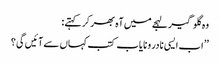
وہ گلو گیر لہجے میں آہ بھر کر کہتے :
’’ اب ایسی نادر و نایاب کتب کہاں سے آئیں گی ؟